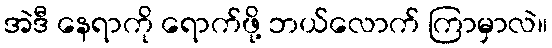
အဲဒီ နေရာကို ရောက်ဖို့ ဘယ်လောက် ကြာမှာလဲ။